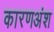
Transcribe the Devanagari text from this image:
कारणअंश